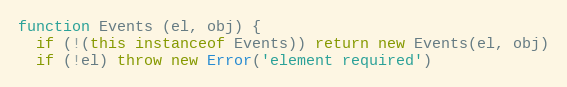
Language: JavaScript
function Events (el, obj) {
  if (!(this instanceof Events)) return new Events(el, obj)
  if (!el) throw new Error('element required')